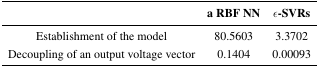
|  | a RBF NN | ε-SVRs |
 | --- | --- | --- |
 | Establishment of the model | 80.5603 | 3.3702 |
 | Decoupling of an output voltage vector | 0.1404 | 0.00093 |